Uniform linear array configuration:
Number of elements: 24
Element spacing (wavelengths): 0.25
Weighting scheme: binomial
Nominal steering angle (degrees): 0
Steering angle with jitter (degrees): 1.302
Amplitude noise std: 0.05
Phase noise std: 0.05

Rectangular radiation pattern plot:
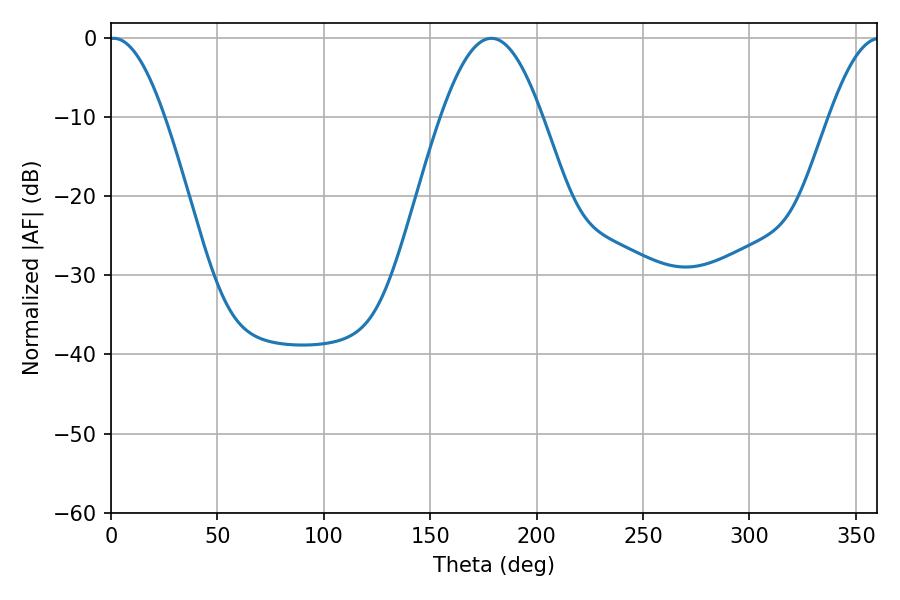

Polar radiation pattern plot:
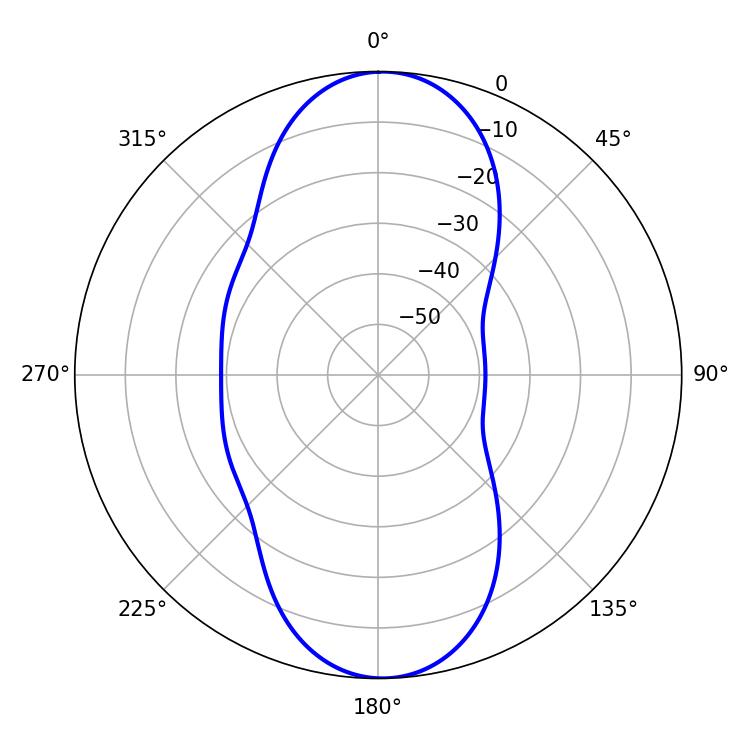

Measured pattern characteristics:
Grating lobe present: FALSE
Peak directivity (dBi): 20.946
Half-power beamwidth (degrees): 14.04
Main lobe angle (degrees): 1.26